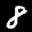
Label: 8